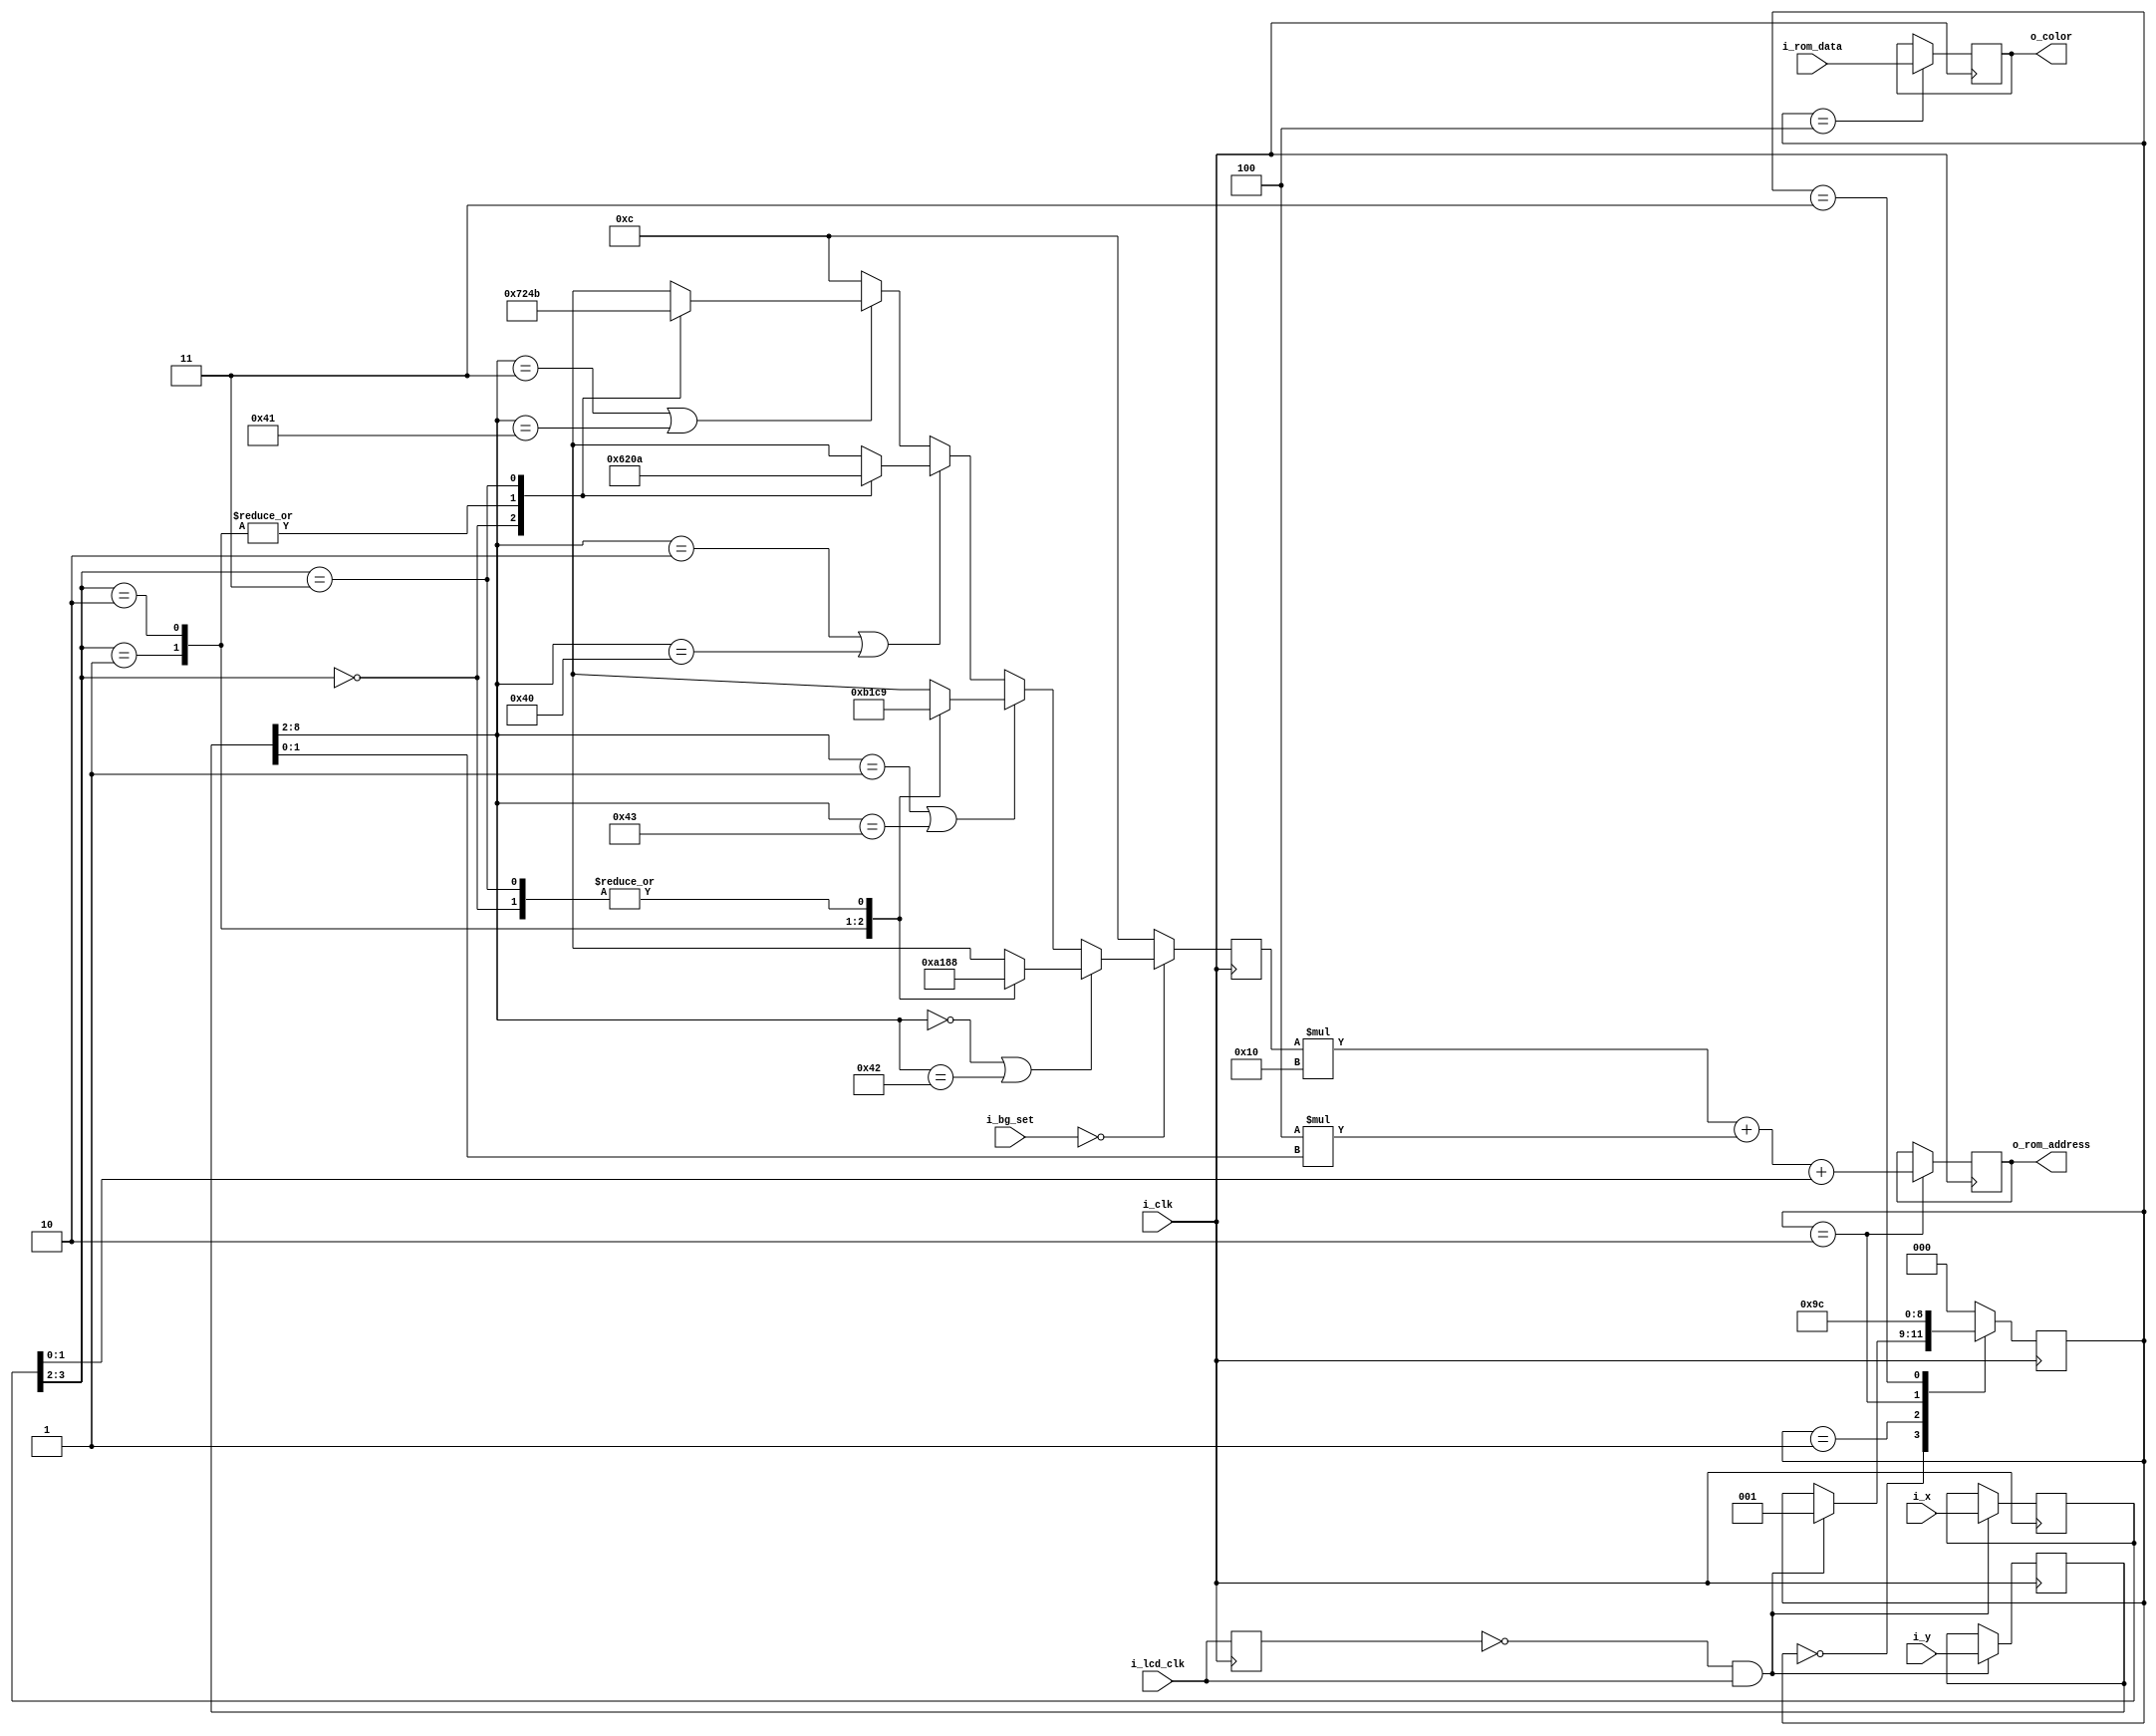
module layer0 (
	input i_clk,
	input i_lcd_clk,
	input [1:0] i_bg_set,
	input [8:0] i_x,
	input [8:0] i_y,
	input [23:0] i_rom_data,
	output [7:0] o_rom_address,
	output [23:0] o_color
);

localparam IDLE = 3'b000;
localparam WAIT = 3'b001;
localparam CALC_ADDRESS = 3'b010;
localparam WAIT_DATA = 3'b011;
localparam END = 3'b100;

localparam bg1 = 2'b00;
localparam bg2 = 2'b01;
localparam bg3 = 2'b10;
localparam bg4 = 2'b11;

reg [5:0] r_tile;

reg [7:0] r_rom_address;
reg [23:0] r_color = 24'd0;
wire w_lcd_rising_edge;
reg r_lcd_clk_last;
reg [8:0] r_x;
reg [8:0] r_y;
reg [2:0] r_state = IDLE;

	
	
	always @ (posedge i_clk)
	begin
		if(w_lcd_rising_edge)
		begin
			r_x <= i_x;
			r_y <= i_y;
		end
		else
		begin
			r_x <= r_x;
			r_y <= r_y;
		end
		
		r_lcd_clk_last <= i_lcd_clk;
	end
	
	always @(posedge i_clk)
	begin
		case(r_state)
		IDLE:
		begin
			if(w_lcd_rising_edge) 
			begin
				r_state <= WAIT;
			end 
		end
		
		WAIT:
		begin
			r_state <= CALC_ADDRESS;
		end
		
		CALC_ADDRESS:
		begin
			r_rom_address <= (r_tile * 16) + 4 * r_y[1:0] + r_x[1:0];
			r_state <= WAIT_DATA;
		end
		
		WAIT_DATA:
		begin
			r_state <= END;
		end
		
		END:
		begin
			r_color <= i_rom_data;
			r_state <= IDLE;
		end
		
		default: r_state <= IDLE;
		endcase
	end
	
	always @ (posedge i_clk)
	begin
		case(i_bg_set)
			bg1:
			begin
				if(r_y[8:2] == 7'd0 || r_y[8:2] == 7'd66)
				begin
					case(r_x[3:2])
					2'b00: r_tile <= 6'd8;
					2'b01: r_tile <= 6'd10;
					2'b10: r_tile <= 6'd6;
					2'b11: r_tile <= 6'd8;
					default: r_tile <= 6'd12;
					endcase
				end
				else if(r_y[8:2] == 7'd1 || r_y[8:2] == 7'd67)
				begin
					case(r_x[3:2])
					2'b00: r_tile <= 6'd9;
					2'b01: r_tile <= 6'd11;
					2'b10: r_tile <= 6'd7;
					2'b11: r_tile <= 6'd9;
					default: r_tile <= 6'd12;
					endcase
				end
				else if(r_y[8:2] == 7'd2 || r_y[8:2] == 7'd64)
				begin
					case(r_x[3:2])
					2'b00: r_tile <= 6'd6;
					2'b01: r_tile <= 6'd8;
					2'b10: r_tile <= 6'd8;
					2'b11: r_tile <= 6'd10;
					default: r_tile <= 6'd12;
					endcase
				end
				else if(r_y[8:2] == 7'd3 || r_y[8:2] == 7'd65)
				begin
					case(r_x[3:2])
					2'b00: r_tile <= 6'd7;
					2'b01: r_tile <= 6'd9;
					2'b10: r_tile <= 6'd9;
					2'b11: r_tile <= 6'd11;
					default: r_tile <= 6'd12;
					endcase
				end
				else
				begin
					r_tile <= 6'd12;
				end
			end
			
			bg2:
			begin
				r_tile <= 6'd12;
			end
			
			bg3:
			begin
				r_tile <= 6'd12;
			end
			
			default: r_tile <= 6'd12;
		endcase
	end
	
	
	assign w_lcd_rising_edge = ~r_lcd_clk_last && i_lcd_clk;
	
	assign o_rom_address = r_rom_address;
	assign o_color = r_color;

endmodule